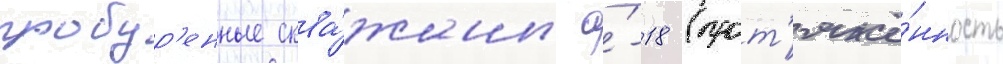
пробур'енные сква́жины а́-18 (прот'яжё́нность